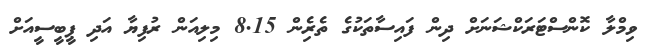
ވިމްލާ ކޮންސްޓަރަކްޝަނަށް ދިން ފައިސާތަކުގެ ތެރެިން 8.15 މިލިއަން ރުފިޔާ އަދި ޕީބީސީއަށް